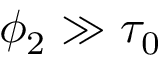
\phi _ { 2 } \gg \tau _ { 0 }